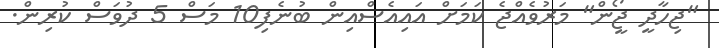
"ޖިހާދީ ޖޯީން" މަރުވެއްޖެ ކަމަށް އައިއެސްއިން ބުނެފި10 މަސް 5 ދުވަސް ކުރިން.